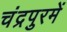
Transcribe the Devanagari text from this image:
चंद्रपुरमें